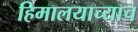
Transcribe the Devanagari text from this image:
हिमालयाच्याच